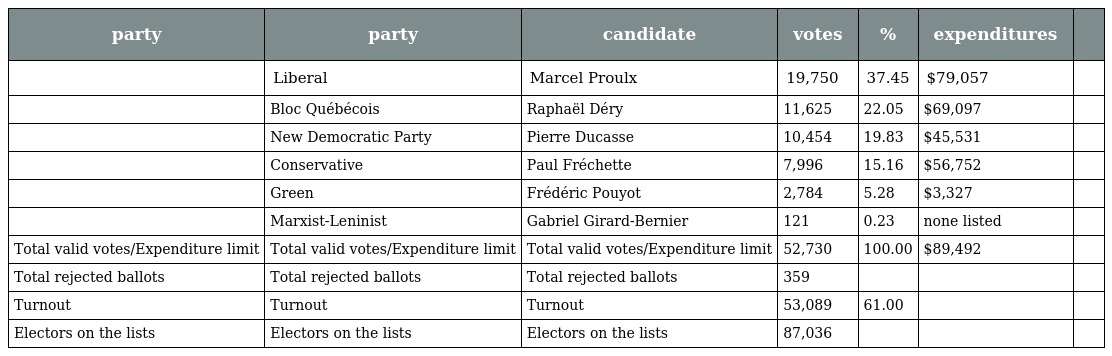
| party | party | candidate | votes | % | expenditures |  |
 | --- | --- | --- | --- | --- | --- | --- |
 |  | Liberal | Marcel Proulx | 19,750 | 37.45 | $79,057 |  |
 |  | Bloc Québécois | Raphaël Déry | 11,625 | 22.05 | $69,097 |  |
 |  | New Democratic Party | Pierre Ducasse | 10,454 | 19.83 | $45,531 |  |
 |  | Conservative | Paul Fréchette | 7,996 | 15.16 | $56,752 |  |
 |  | Green | Frédéric Pouyot | 2,784 | 5.28 | $3,327 |  |
 |  | Marxist-Leninist | Gabriel Girard-Bernier | 121 | 0.23 | none listed |  |
 | Total valid votes/Expenditure limit | Total valid votes/Expenditure limit | Total valid votes/Expenditure limit | 52,730 | 100.00 | $89,492 |  |
 | Total rejected ballots | Total rejected ballots | Total rejected ballots | 359 |  |  |  |
 | Turnout | Turnout | Turnout | 53,089 | 61.00 |  |  |
 | Electors on the lists | Electors on the lists | Electors on the lists | 87,036 |  |  |  |